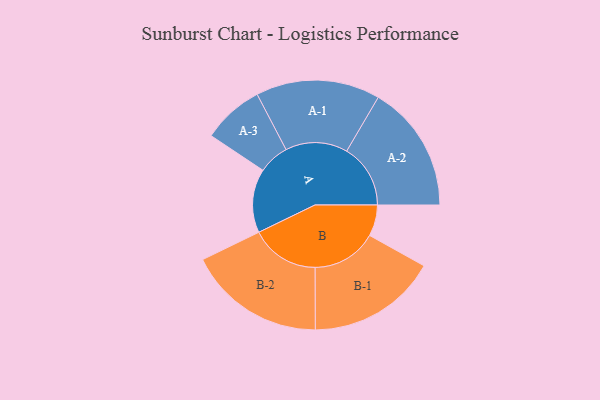
{"axis": {"x": "Segment", "y": "Value"}, "legend": ["", "A", "B"], "data": [{"x": "A", "y": 268, "type": ""}, {"x": "B", "y": 131, "type": ""}, {"x": "A-1", "y": 261, "type": "A"}, {"x": "A-2", "y": 268, "type": "A"}, {"x": "A-3", "y": 129, "type": "A"}, {"x": "B-1", "y": 273, "type": "B"}, {"x": "B-2", "y": 289, "type": "B"}]}